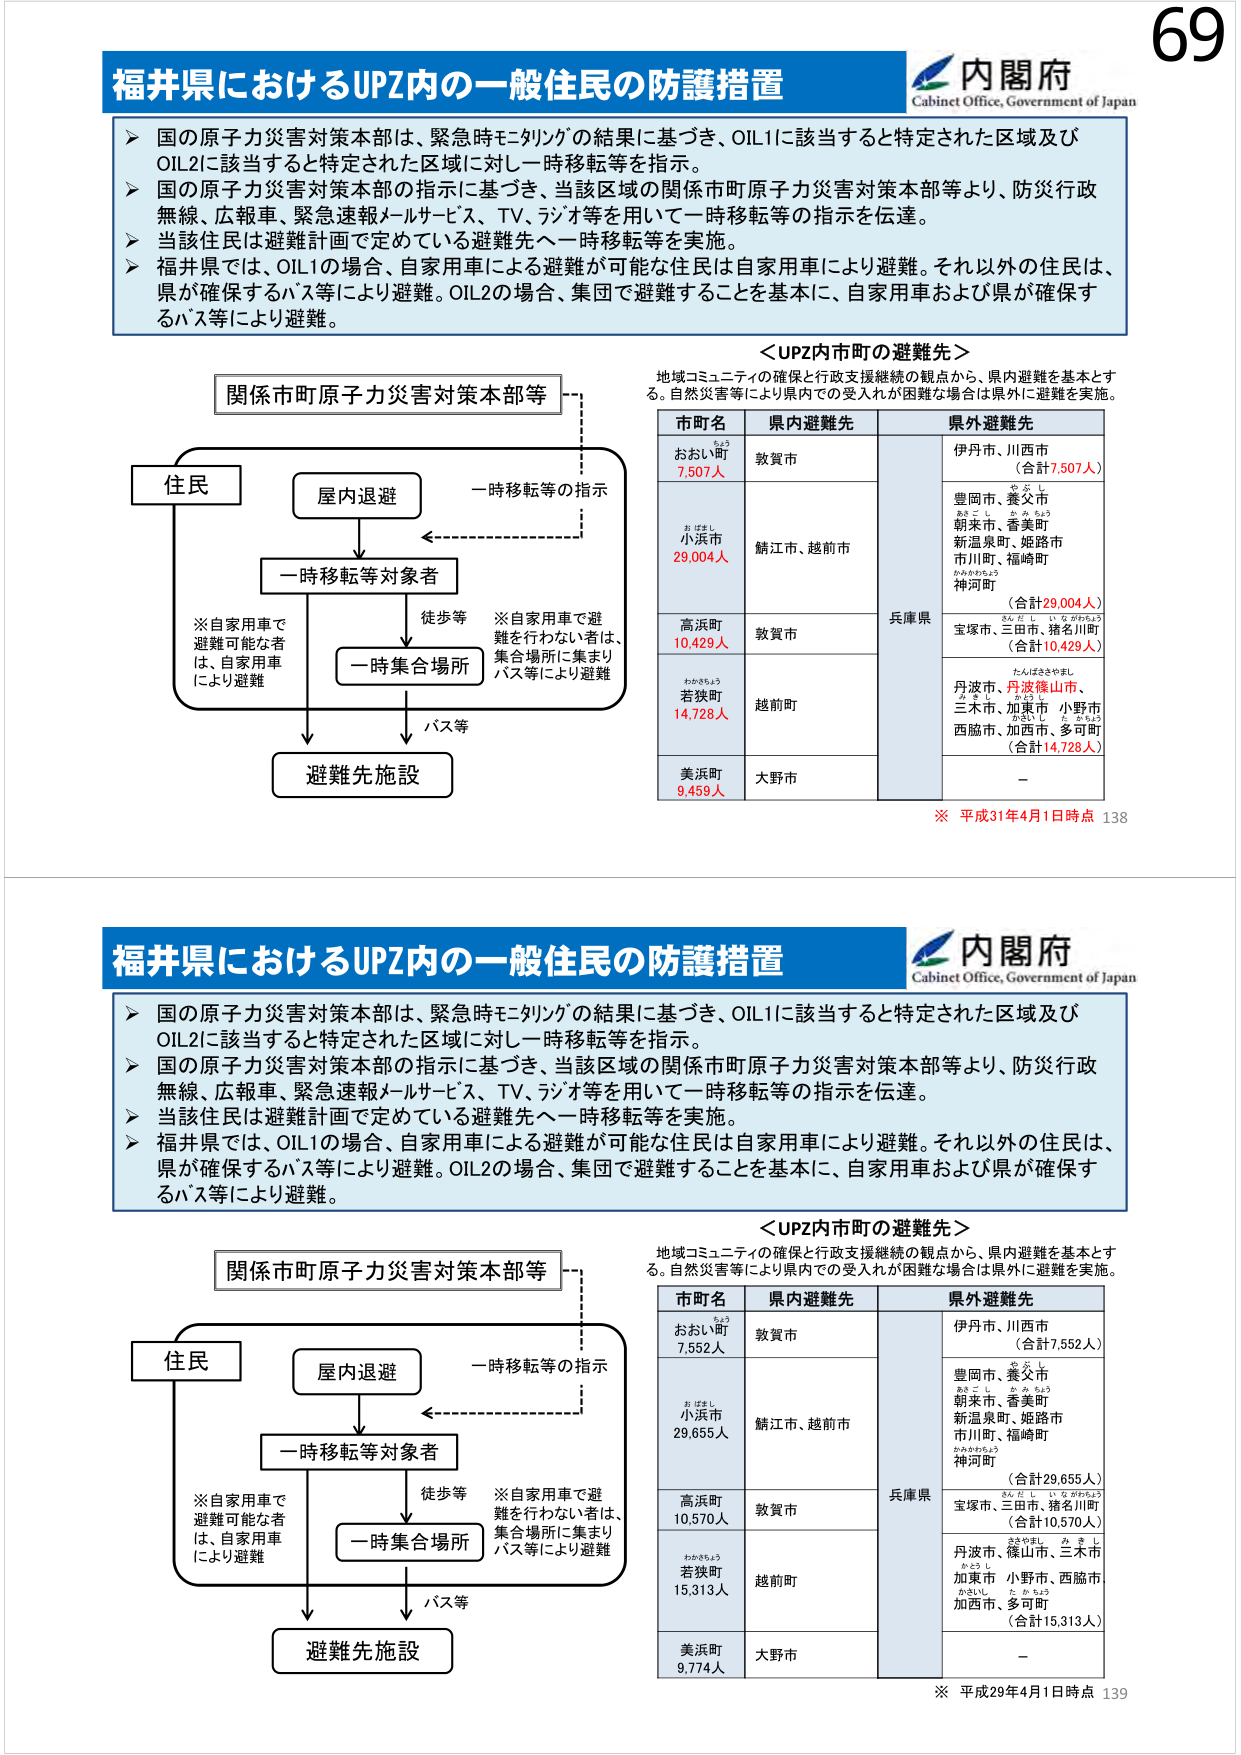
福井県におけるUPZ内の一一般住民の防護措置
内閣府
Cabinet Office, Government of Japan
国 の 原 子 力 災 害 対 策 本 部 は 、 緊 急 時 モ デ リ ン グ の 結 果 に 基 づ き 、 OIL1 に 該 当 す る と 特 定 さ れ た 区 域 及 び
OIL2 に 該 当 す る と 特 定 さ れ た 区 域 に 対 し 一 時 移 転 等 を 指 示 。
国 の 原 子 力 災 害 対 策 本 部 の 指 示 に 基 づ き 、 当 該 区 域 の 関 係 市 町 原 子 力 災 害 対 策 本 部 等 よ り 、 防 災 行 政
無 線 、 広 報 車 、 緊 急 速 報 メ ー ル サ ー ビ ス 、 TV 、 ラ ジ オ 等 を 用 い て 一 時 移 転 等 の 指 示 を 伝 達 。
当 該 住 民 は 避 難 計 画 で 定 め て い る 避 難 先 へ 一 時 移 転 等 を 実 施 。
福 井 県 で は 、 OIL1 の 場 合 、 自 家 用 車 に よ る 避 難 が 可 能 な 住 民 は 自 家 用 車 に よ り 避 難 。 そ れ 以 外 の 住 民 は 、
県 が 確 保 す る バ ス 等 に よ り 避 難 。 OIL2 の 場 合 、 集 団 で 避 難 す る こ と を 基 本 に 、 自 家 用 車 お よ び 県 が 確 保 す
る バ ス 等 に よ り 避 難 。
＜ UPZ 内 市 町 の 避 難 先 ＞
地 域 コ ミ ュ ニ テ ィ の 確 保 と 行 政 支 援 継 続 の 観 点 か ら 、 県 内 避 難 を 基 本 と す
る 。 自 然 災 害 等 に よ り 県 内 で の 受 入 れ が 困 難 な 場 合 は 県 外 に 避 難 を 実 施 。
関 係 市 町 原 子 力 災 害 対 策 本 部 等
市 町 名
県 内 避 難 先
県 外 避 難 先
住 民
屋 内 退 避
一 時 移 転 等 の 指 示
お お い 町
7.507 人
敦 賀 市
伊 丹 市 、 川 西 市
（ 合 計 7,507 人 ）
一 時 移 転 等 対 象 者
小 浜 市
29.004 人
鯖 江 市 、 越 前 市
豊 岡 市 、 養 父 市
朝 来 市 、 香 美 町
新 温 泉 町 、 姬 路 市
市 川 町 、 福 崎 町
神 河 町
（ 合 計 29,004 人 ）
※ 自 家 用 車 で
避 難 可 能 な 者
は 、 自 家 用 車
に よ り 避 難
徒 歩 等
※ 自 家 用 車 で 避
難 を 行 わ な い 者 は 、
集 合 場 所 に 集 ま り
バ ス 等 に よ り 避 難
一 時 集 合 場 所
高 浜 町
10.429 人
敦 賀 市
兵 庫 県
宝 塚 市 、 三 田 市 、 猪 名 川 町
（ 合 計 10,429 人 ）
若 狭 町
14.728 人
越 前 町
丹 波 市 、 丹 波 篠 山 市 、
三 木 市 、 加 賀 市 、 小 野 市
西 脇 市 、 加 西 市 、 多 可 町
（ 合 計 14,728 人 ）
美 浜 町
9.459 人
大 野 市
－
バ ス 等
避 難 先 施 設
※ 平 成 31 年 4 月 1 日 時 点 138
福井県におけるUPZ内の一一般住民の防護措置
内閣府
Cabinet Office, Government of Japan
国 の 原 子 力 災 害 対 策 本 部 は 、 緊 急 時 モ デ リ ン グ の 結 果 に 基 づ き 、 OIL1 に 該 当 す る と 特 定 さ れ た 区 域 及 び
OIL2 に 該 当 す る と 特 定 さ れ た 区 域 に 対 し 一 時 移 転 等 を 指 示 。
国 の 原 子 力 災 害 対 策 本 部 の 指 示 に 基 づ き 、 当 該 区 域 の 関 係 市 町 原 子 力 災 害 対 策 本 部 等 よ り 、 防 災 行 政
無 線 、 広 報 車 、 緊 急 速 報 メ ー ル サ ー ビ ス 、 TV 、 ラ ジ オ 等 を 用 い て 一 時 移 転 等 の 指 示 を 伝 達 。
当 該 住 民 は 避 難 計 画 で 定 め て い る 避 難 先 へ 一 時 移 転 等 を 実 施 。
福 井 県 で は 、 OIL1 の 場 合 、 自 家 用 車 に よ る 避 難 が 可 能 な 住 民 は 自 家 用 車 に よ り 避 難 。 そ れ 以 外 の 住 民 は 、
県 が 確 保 す る バ ス 等 に よ り 避 難 。 OIL2 の 場 合 、 集 団 で 避 難 す る こ と を 基 本 に 、 自 家 用 車 お よ び 県 が 確 保 す
る バ ス 等 に よ り 避 難 。
＜ UPZ 内 市 町 の 避 難 先 ＞
地 域 コ ミ ュ ニ テ ィ の 確 保 と 行 政 支 援 継 続 の 観 点 か ら 、 県 内 避 難 を 基 本 と す
る 。 自 然 災 害 等 に よ り 県 内 で の 受 入 れ が 困 難 な 場 合 は 県 外 に 避 難 を 実 施 。
関 係 市 町 原 子 力 災 害 対 策 本 部 等
市 町 名
県 内 避 難 先
県 外 避 難 先
住 民
屋 内 退 避
一 時 移 転 等 の 指 示
お お い 町
7.552 人
敦 賀 市
伊 丹 市 、 川 西 市
（ 合 計 7,552 人 ）
一 時 移 転 等 対 象 者
小 浜 市
29.655 人
鯖 江 市 、 越 前 市
豊 岡 市 、 養 父 市
朝 来 市 、 香 美 町
新 温 泉 町 、 姫 路 市
市 川 町 、 福 崎 町
神 河 町
（ 合 計 29,655 人 ）
※ 自 家 用 車 で
避 難 可 能 な 者
は 、 自 家 用 車
に よ り 避 難
徒 歩 等
※ 自 家 用 車 で 避
難 を 行 わ な い 者 は 、
集 合 場 所 に 集 ま り
バ ス 等 に よ り 避 難
一 時 集 合 場 所
高 浜 町
10.570 人
敦 賀 市
兵 庫 県
宝 塚 市 、 三 田 市 、 猪 名 川 町
（ 合 計 10,570 人 ）
若 狭 町
15.313 人
越 前 町
丹 波 市 、 篠 山 市 、 三 木 市
加 賀 市 、 小 野 市 、 西 脇 市
加 西 市 、 多 可 町
（ 合 計 15,313 人 ）
美 浜 町
9.774 人
大 野 市
－
バ ス 等
避 難 先 施 設
※ 平 成 29 年 4 月 1 日 時 点 139